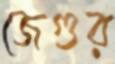
জেগুর